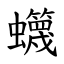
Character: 䘊